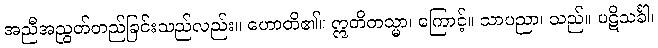
အညီအညွတ်တည်ခြင်းသည်လည်း။ ဟောတိ၏။ ဣတိတသ္မာ၊ ကြောင့်။ သာပညာ၊ သည်။ ပဋိသင်္ခါ၊